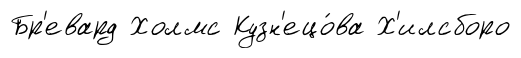
Бр'евард Холмс Кузн'ецо́ва Х'илсборо